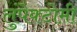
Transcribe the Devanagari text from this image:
लुंपेक्टोमी